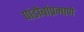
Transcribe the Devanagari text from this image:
पांडोबांप्रमाणे